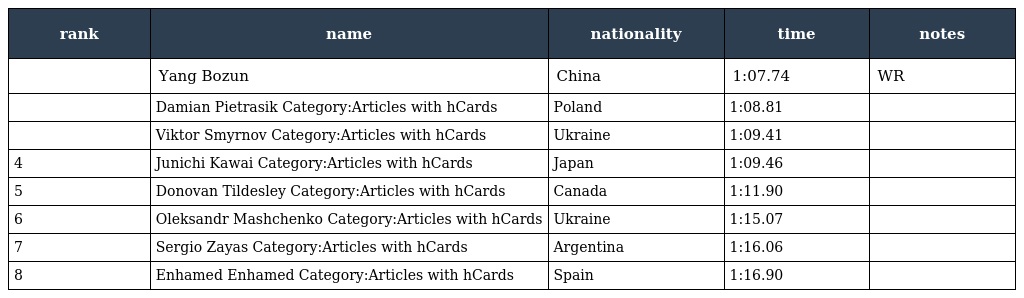
| rank | name | nationality | time | notes |
 | --- | --- | --- | --- | --- |
 |  | Yang Bozun | China | 1:07.74 | WR |
 |  | Damian Pietrasik Category:Articles with hCards | Poland | 1:08.81 |  |
 |  | Viktor Smyrnov Category:Articles with hCards | Ukraine | 1:09.41 |  |
 | 4 | Junichi Kawai Category:Articles with hCards | Japan | 1:09.46 |  |
 | 5 | Donovan Tildesley Category:Articles with hCards | Canada | 1:11.90 |  |
 | 6 | Oleksandr Mashchenko Category:Articles with hCards | Ukraine | 1:15.07 |  |
 | 7 | Sergio Zayas Category:Articles with hCards | Argentina | 1:16.06 |  |
 | 8 | Enhamed Enhamed Category:Articles with hCards | Spain | 1:16.90 |  |